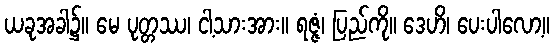
ယခုအခါ၌။ မေ ပုတ္တဿ၊ ငါ့သားအား။ ရဇ္ဇံ၊ ပြည်ကို။ ဒေဟိ၊ ပေးပါလော့။